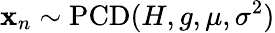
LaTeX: \mathbf{x}_{n}\sim\operatorname{PCD}(H,g,\mu,\sigma^{2})